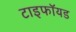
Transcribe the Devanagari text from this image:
टाइफॉयड